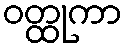
ဝတ္ထုကာ